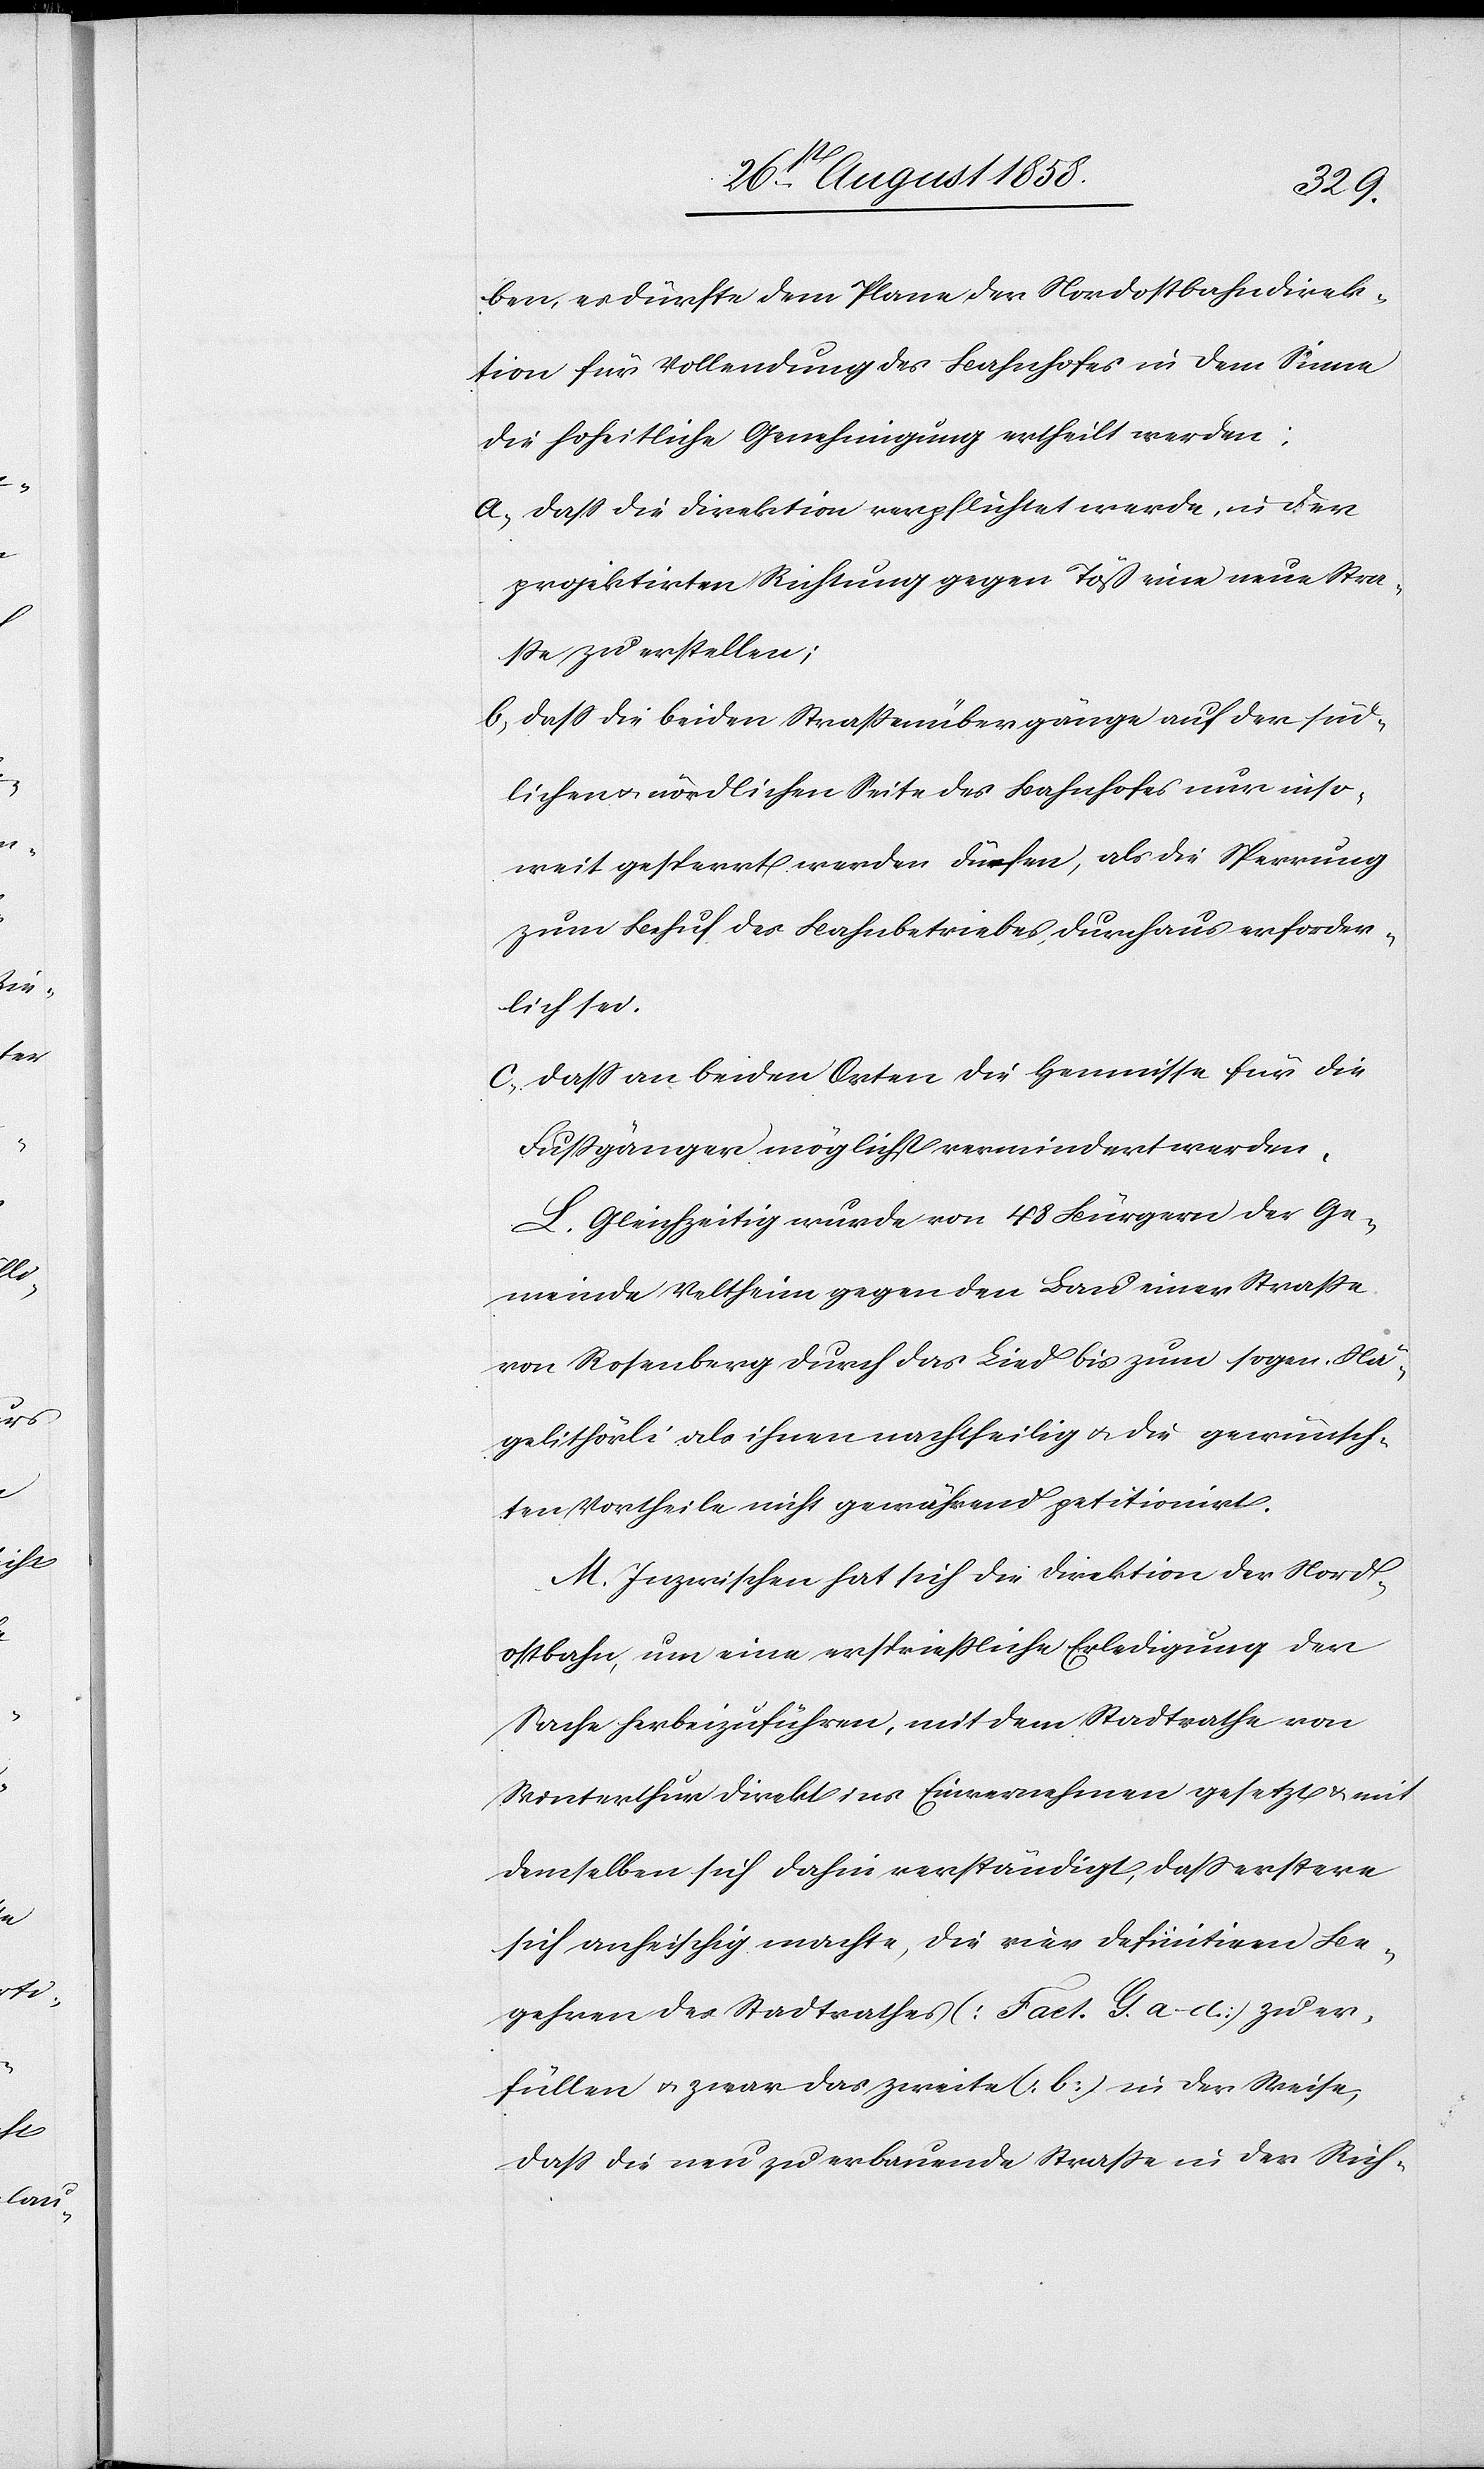
ben, es dürfte dem Plane der Nordostbahndirek¬
tion für Vollendung des Bahnhofes in dem Sinne
die hoheitliche Genehmigung ertheilt werden:
a. dass die Direktion verpflichtet werde, in der
projektirten Richtung gegen Töß eine neue Stra¬
sse zu erstellen;
b. dass die beiden Strassenübergänge auf der süd¬
lichen & nördlichen Seite des Bahnhofes nur inso¬
weit gesperrt werden dürfen, als die Sperrung
zum Behuf des Bahnbetriebes, durchaus erforder¬
lich sei.
c. dass an beiden Orten die Hemmnisse für die
Fussgänger möglichst vermindert werden.
L. Gleichzeitig wurde von 48 Bürgern der Ge¬
meinde Veltheim gegen den Bau einer Strasse
von Rosenberg durch das Lind bis zum sogen. Nä¬
gelithörli als ihnen nachtheilig & die gewünsch¬
ten Vortheile nicht gewährend petitionirt.
M. Inzwischen hat sich die Direktion der Nord¬
ostbahn, um eine erspriessliche Erledigung der
Sache herbeizuführen, mit dem Stadtrathe von
Winterthur direkt ins Einvernehmen gesetzt & mit
demselben sich dahin verständigt, dass erstere
sich anheischig machte, die vier definitiven Be¬
gehren des Stadtrathes (Fact. G. a–d) zu er¬
füllen & zwar das zweite (b) in der Weise,
dass die neu zu erbauende Strasse in der Rich-